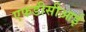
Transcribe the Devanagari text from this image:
एफडीसीआई